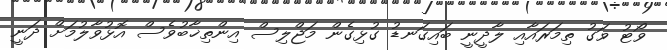
ވޯޓު ވަގު ތިމަރައާއި ލާދީނީ ބައިގަނޑު ގުޅިގެން މަޖްލިސް އިންތިޚާބުވެސް އޮޅުވާލުމަށް ދަނީ